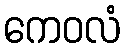
ကေဝလံ